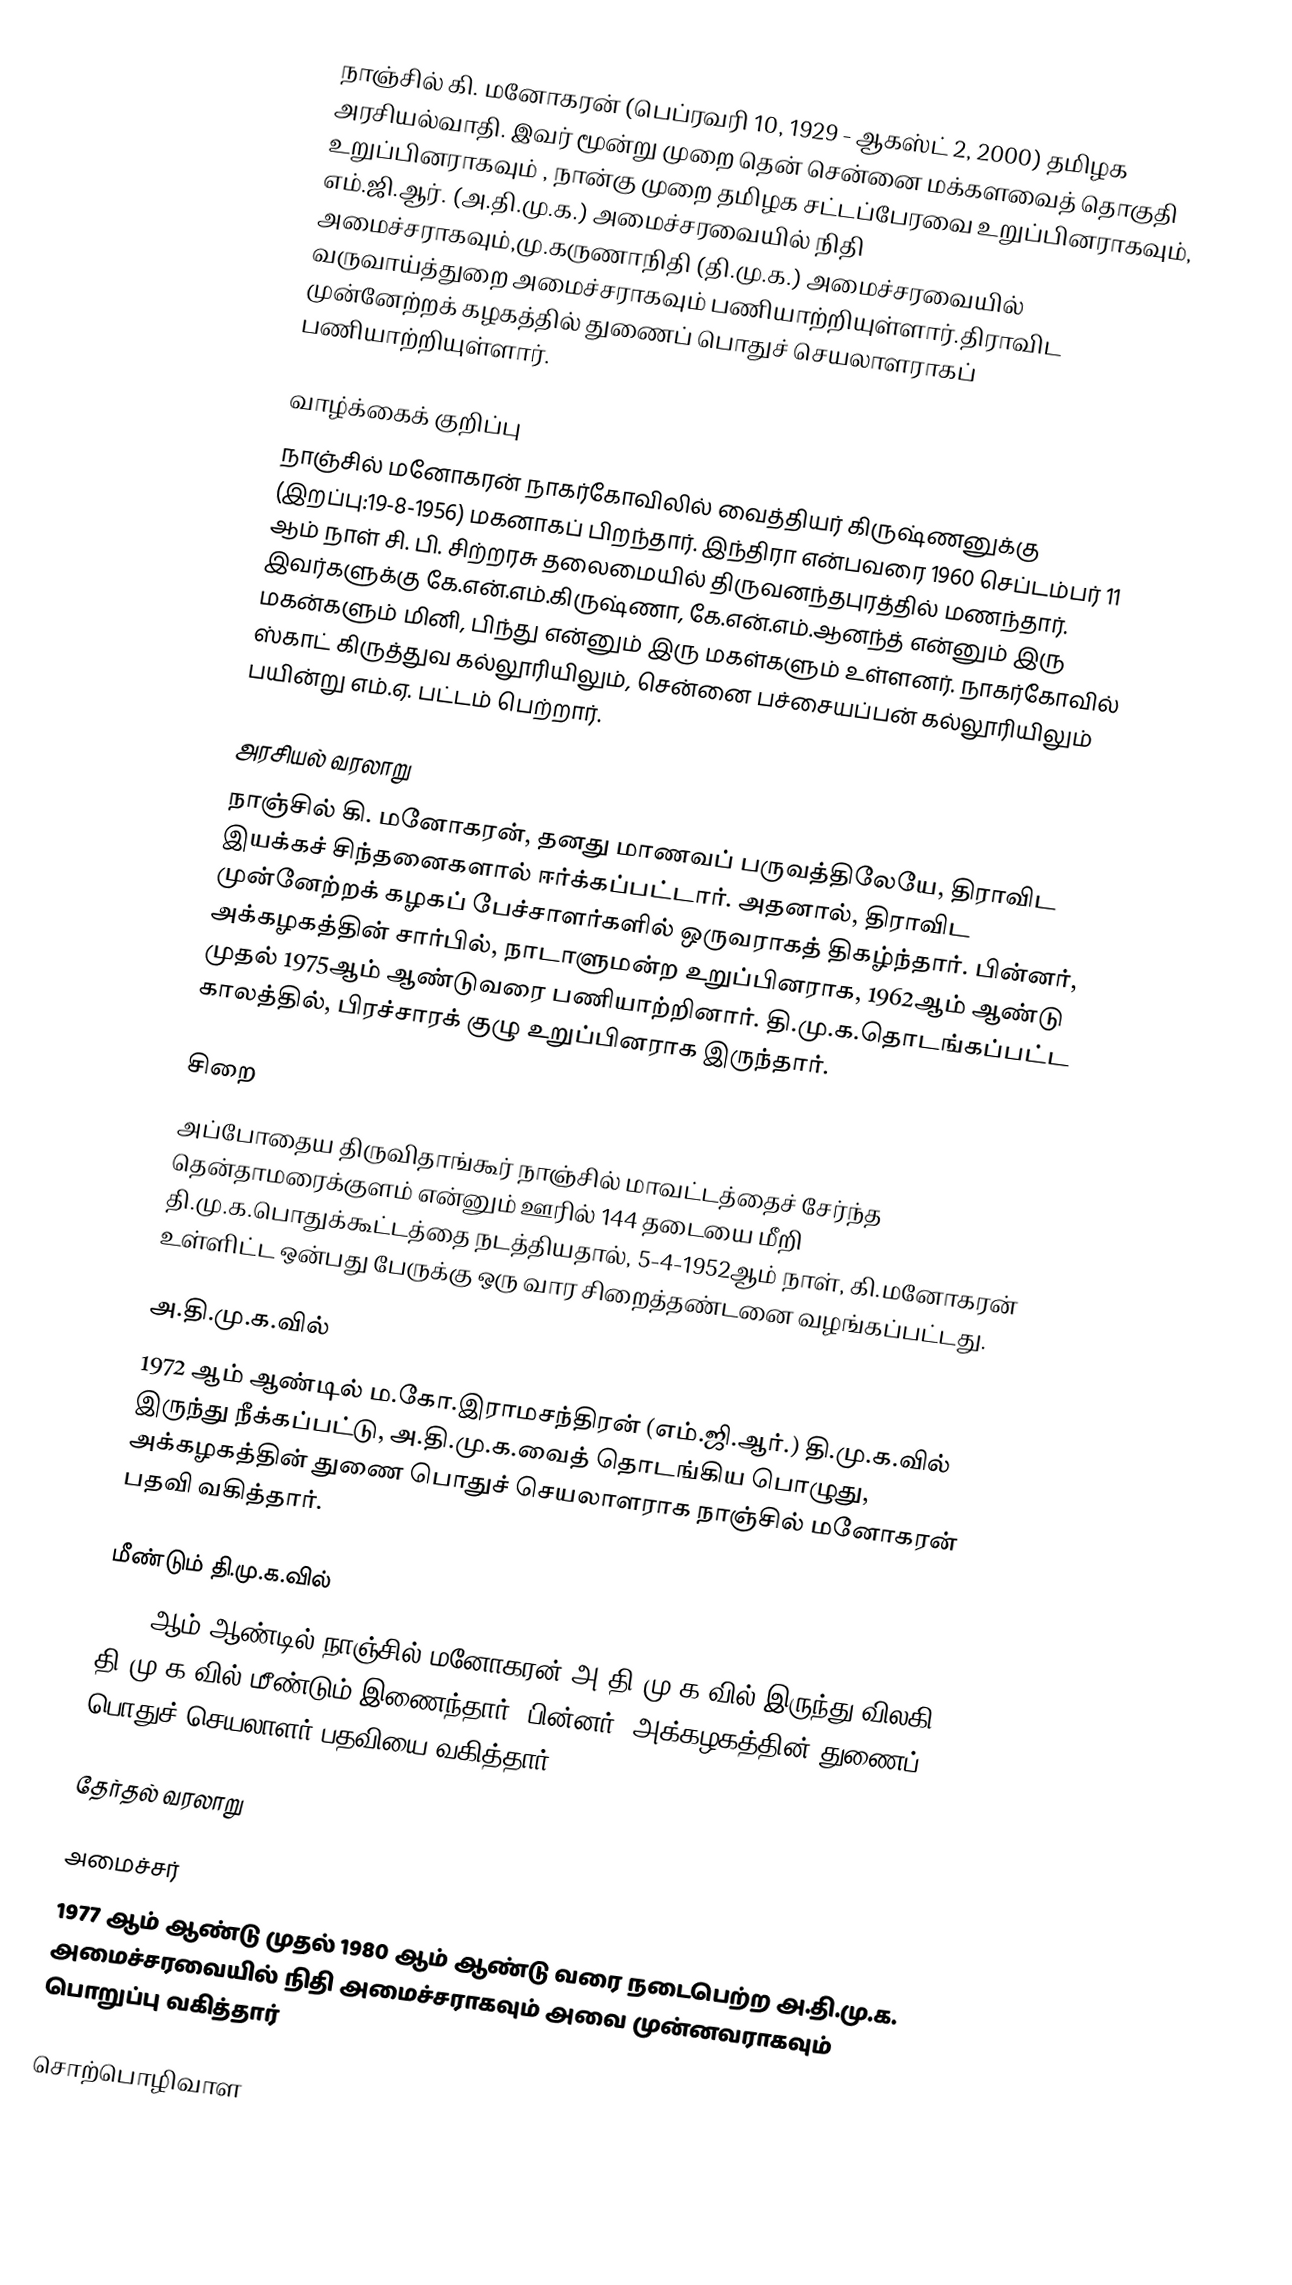
நாஞ்சில் கி. மனோகரன் (பெப்ரவரி 10, 1929 - ஆகஸ்ட் 2, 2000) தமிழக அரசியல்வாதி. இவர் மூன்று முறை தென் சென்னை மக்களவைத் தொகுதி உறுப்பினராகவும் ,  நான்கு முறை தமிழக சட்டப்பேரவை உறுப்பினராகவும்,  எம்.ஜி.ஆர். (அ.தி.மு.க.) அமைச்சரவையில் நிதி அமைச்சராகவும்,மு.கருணாநிதி (தி.மு.க.) அமைச்சரவையில் வருவாய்த்துறை அமைச்சராகவும்  பணியாற்றியுள்ளார்.திராவிட முன்னேற்றக் கழகத்தில் துணைப் பொதுச் செயலாளராகப் பணியாற்றியுள்ளார்.

வாழ்க்கைக் குறிப்பு
நாஞ்சில் மனோகரன் நாகர்கோவிலில் வைத்தியர் கிருஷ்ணனுக்கு (இறப்பு:19-8-1956) மகனாகப் பிறந்தார். இந்திரா என்பவரை 1960 செப்டம்பர் 11 ஆம் நாள் சி. பி. சிற்றரசு தலைமையில் திருவனந்தபுரத்தில் மணந்தார். இவர்களுக்கு கே.என்.எம்.கிருஷ்ணா, கே.என்.எம்.ஆனந்த் என்னும் இரு மகன்களும் மினி, பிந்து என்னும் இரு மகள்களும் உள்ளனர். நாகர்கோவில் ஸ்காட் கிருத்துவ கல்லூரியிலும், சென்னை பச்சையப்பன் கல்லூரியிலும்  பயின்று எம்.ஏ. பட்டம் பெற்றார்.

அரசியல் வரலாறு
நாஞ்சில் கி. மனோகரன், தனது மாணவப் பருவத்திலேயே, திராவிட இயக்கச் சிந்தனைகளால் ஈர்க்கப்பட்டார். அதனால், திராவிட முன்னேற்றக் கழகப் பேச்சாளர்களில் ஒருவராகத் திகழ்ந்தார். பின்னர், அக்கழகத்தின் சார்பில், நாடாளுமன்ற உறுப்பினராக, 1962ஆம் ஆண்டு முதல் 1975ஆம் ஆண்டுவரை  பணியாற்றினார். தி.மு.க.தொடங்கப்பட்ட காலத்தில், பிரச்சாரக் குழு உறுப்பினராக இருந்தார்.

சிறை
அப்போதைய திருவிதாங்கூர் நாஞ்சில் மாவட்டத்தைச் சேர்ந்த தென்தாமரைக்குளம் என்னும் ஊரில் 144 தடையை மீறி தி.மு.க.பொதுக்கூட்டத்தை நடத்தியதால், 5-4-1952ஆம் நாள், கி.மனோகரன் உள்ளிட்ட ஒன்பது பேருக்கு ஒரு வார சிறைத்தண்டனை வழங்கப்பட்டது.

அ.தி.மு.க.வில்
1972 ஆம் ஆண்டில் ம.கோ.இராமசந்திரன் (எம்.ஜி.ஆர்.) தி.மு.க.வில் இருந்து நீக்கப்பட்டு, அ.தி.மு.க.வைத் தொடங்கிய பொழுது, அக்கழகத்தின் துணை பொதுச் செயலாளராக  நாஞ்சில் மனோகரன் பதவி வகித்தார்.

மீண்டும் தி.மு.க.வில்
1980 ஆம் ஆண்டில் நாஞ்சில் மனோகரன் அ.தி.மு.க.வில் இருந்து விலகி, தி.மு.க.வில் மீண்டும் இணைந்தார். பின்னர், அக்கழகத்தின் துணைப் பொதுச் செயலாளர் பதவியை வகித்தார்.

தேர்தல் வரலாறு

அமைச்சர்
1977 ஆம் ஆண்டு முதல் 1980 ஆம் ஆண்டு வரை நடைபெற்ற அ.தி.மு.க. அமைச்சரவையில் நிதி அமைச்சராகவும் அவை முன்னவராகவும் பொறுப்பு வகித்தார்

சொற்பொழிவாள